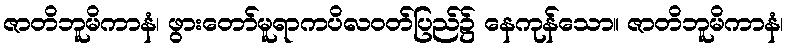
ဇာတိဘူမိကာနံ၊ ဖွားတော်မူရာကပိလဝတ်ပြည်၌ နေကုန်သော။ ဇာတိဘူမိကာနံ၊